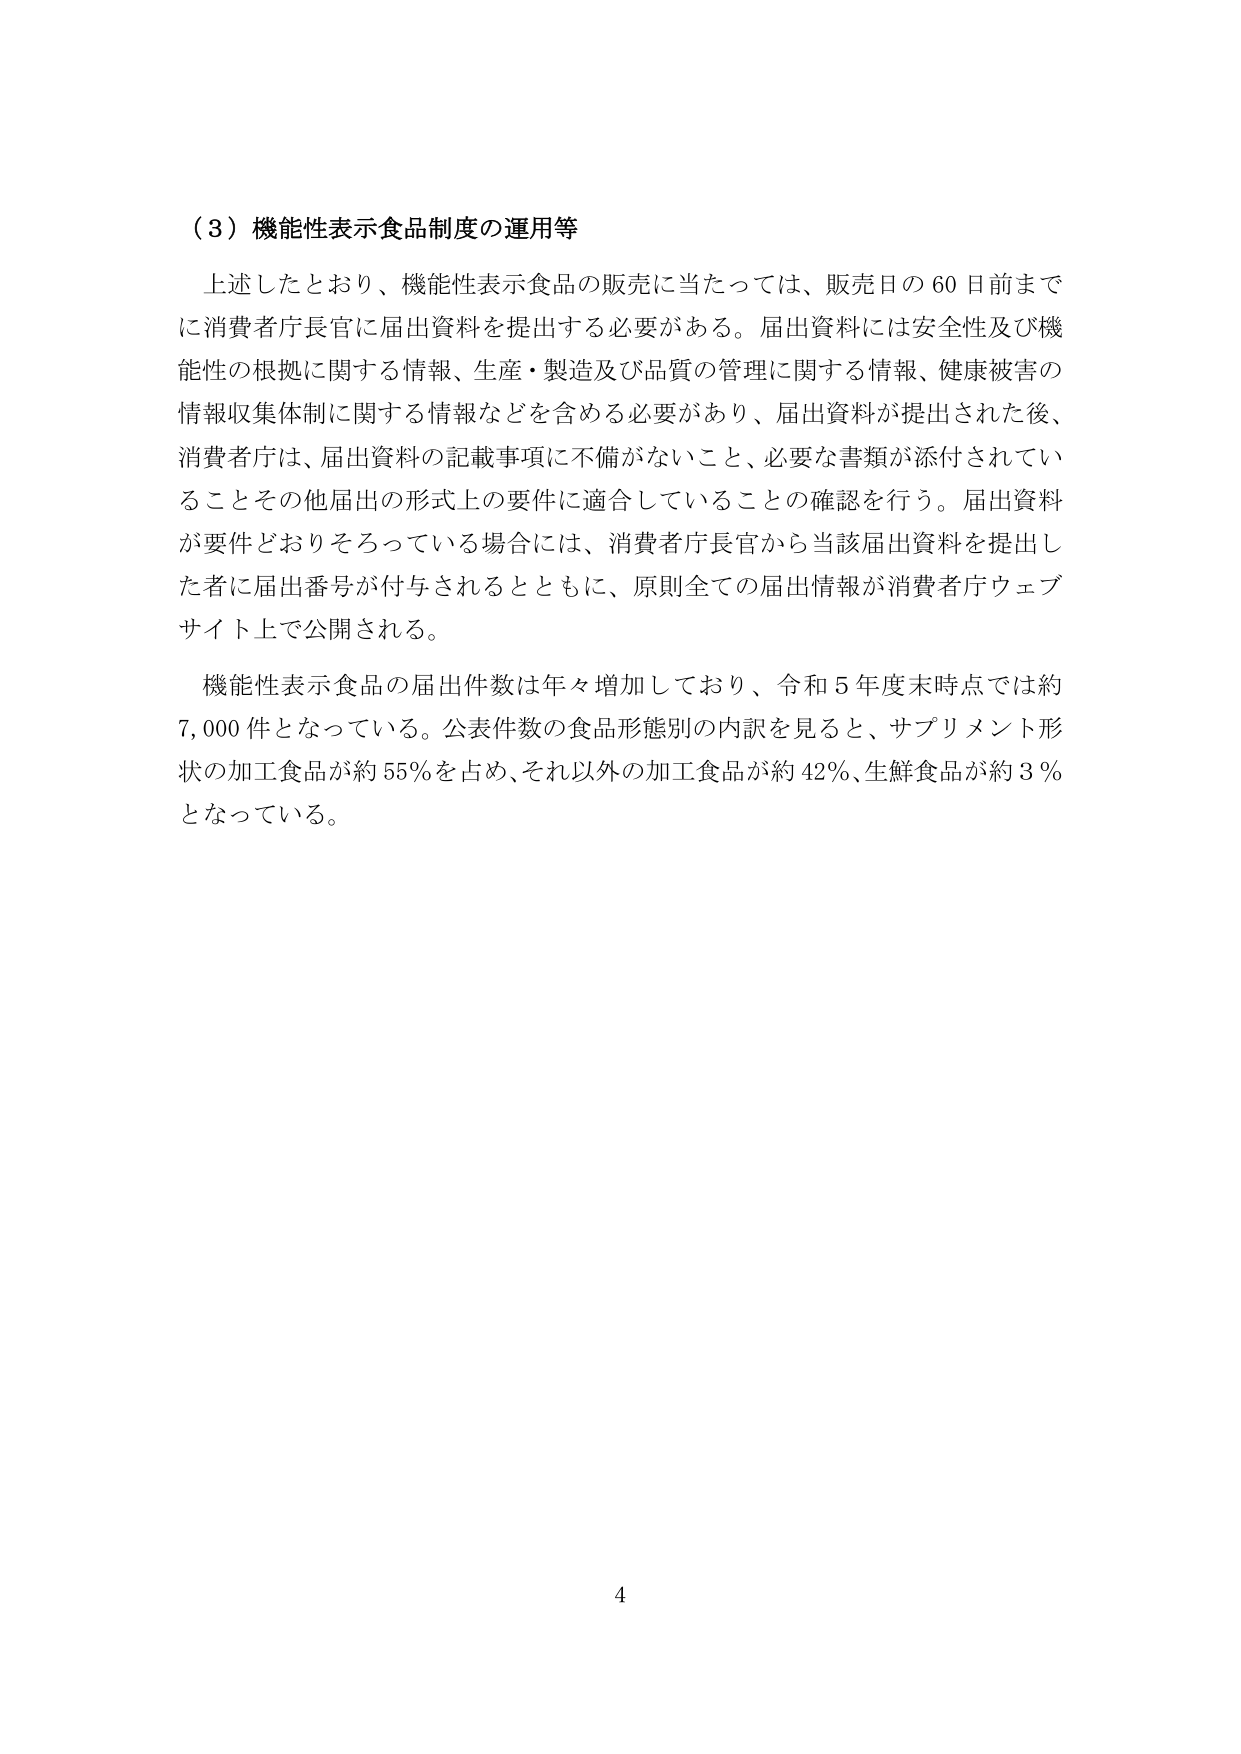
（３）機能性表示食品制度の運用等

上述したとおり、機能性表示食品の販売に当たっては、販売日の60日前までに消費者庁長官に届出資料を提出する必要がある。届出資料には安全性及び機能性の根拠に関する情報、生産・製造及び品質の管理に関する情報、健康被害の情報収集体制に関する情報などを含める必要があり、届出資料が提出された後、消費者庁は、届出資料の記載事項に不備がないこと、必要な書類が添付されていることその他届出の形式上の要件に適合していることの確認を行う。届出資料が要件どおりそろっている場合には、消費者庁長官から当該届出資料を提出した者に届出番号が付与されるとともに、原則全ての届出情報が消費者庁ウェブサイト上で公開される。

機能性表示食品の届出件数は年々増加しており、令和5年度末時点では約7,000件となっている。公表件数の食品形態別の内訳を見ると、サプリメント形状の加工食品が約55％を占め、それ以外の加工食品が約42％、生鮮食品が約3％となっている。

4